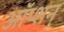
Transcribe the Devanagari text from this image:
ऑप्शन्